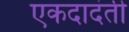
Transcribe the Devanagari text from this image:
एकदादंती